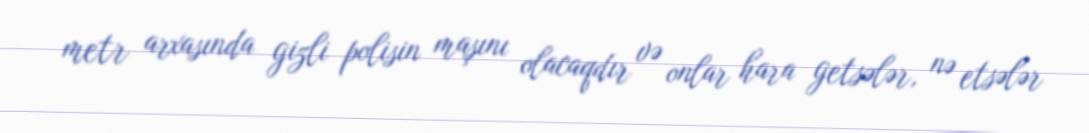
metr arxasında gizli polisin maşını olacaqdır və onlar hara getsələr, nə etsələr